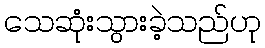
သေဆုံးသွားခဲ့သည်ဟု